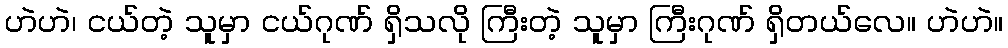
ဟဲဟဲ၊ ငယ်တဲ့ သူမှာ ငယ်ဂုဏ် ရှိသလို ကြီးတဲ့ သူမှာ ကြီးဂုဏ် ရှိတယ်လေ။ ဟဲဟဲ။